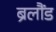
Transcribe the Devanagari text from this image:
ब्रलौंड